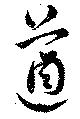
遒